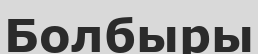
Болбыры